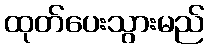
ထုတ်ပေးသွားမည်